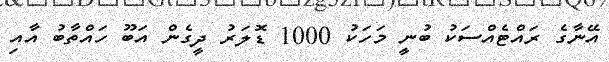
އޭނާގެ ރައްޓެއްސަކު ބުނީ މަހަކު 1000 ޑޮލަރު ދީގެން އަބޫ ހައްތާބު އާއި